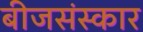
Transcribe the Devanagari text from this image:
बीजसंस्कार